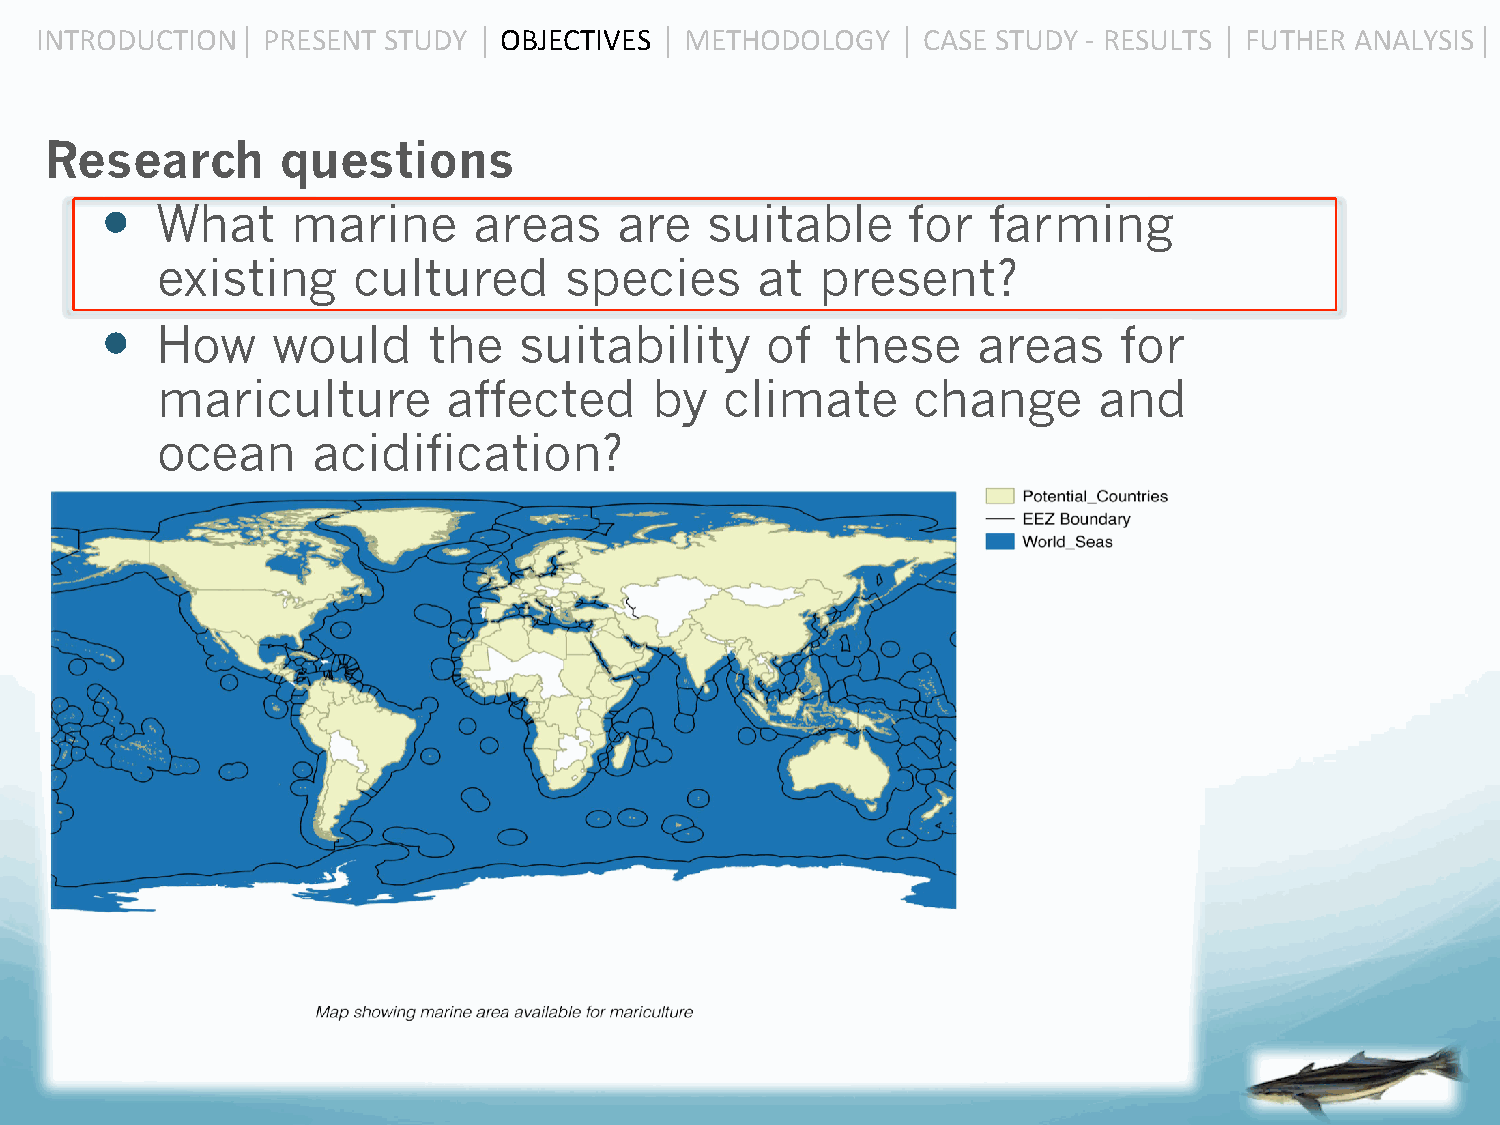
INTRODUCTION  ⎜ PRESENT STUDY ⎜ OBJECTIVES ⎜ METHODOLOGY ⎜ CASE STUDY -­‐ RESULTS ⎜ FUTHER ANALYSIS ⎜
 Research        questions
  What     marine      areas     are   suitable     for   farming
 existing     cultured      species      at  present?
  How     would     the   suitability      of  these     areas    for
 mariculture         affected     by   climate      change      and
 ocean      acidification?